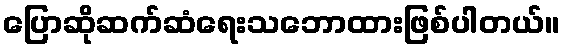
ပြောဆိုဆက်ဆံရေးသဘောထားဖြစ်ပါတယ်။